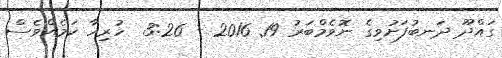
ގައްދޫ ދަނބުފަށުވިގެ ނޮވެމްބަރު 19